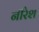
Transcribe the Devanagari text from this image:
नीरेश